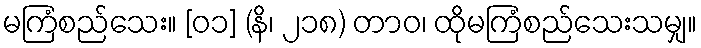
မကြံစည်သေး။ [၀၁] (နိ၊ ၂၁၈) တာဝ၊ ထိုမကြံစည်သေးသမျှ။